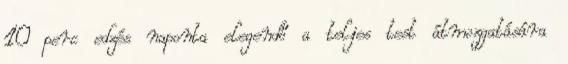
10 perc edzés naponta elegendő a teljes test átmozgatására